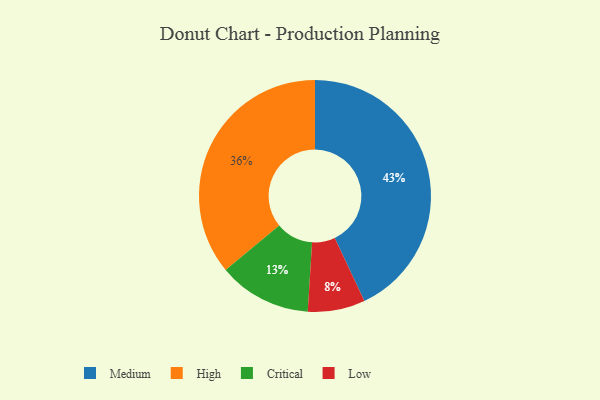
{"axis": {"x": "Category", "y": "Percentage"}, "legend": ["Critical", "High", "Low", "Medium"], "data": [{"x": "Low", "y": 8, "type": "Low"}, {"x": "Medium", "y": 43, "type": "Medium"}, {"x": "High", "y": 36, "type": "High"}, {"x": "Critical", "y": 13, "type": "Critical"}]}